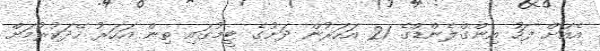
އެއަށް ފަހު އިންގްލެންޑްގެ 21 އަހަރުން ދަށުގެ ޓީމުގައި ތިން އަހަރު ހޭދަކުރުމަށް